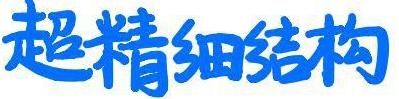
超精细结构